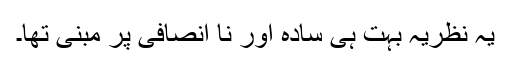
یہ نظریہ بہت ہی سادہ اور نا انصافی پر مبنی تھا۔